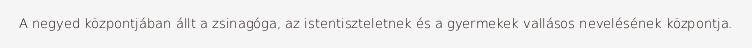
A negyed központjában állt a zsinagóga, az istentiszteletnek és a gyermekek vallásos nevelésének központja.